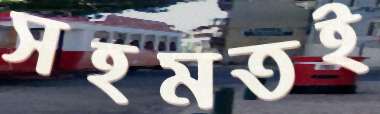
সহমতই